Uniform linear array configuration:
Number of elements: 24
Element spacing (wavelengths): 0.5
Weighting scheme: cosine
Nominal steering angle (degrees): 60
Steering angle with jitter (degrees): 61.619
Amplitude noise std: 0.05
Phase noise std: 0.05

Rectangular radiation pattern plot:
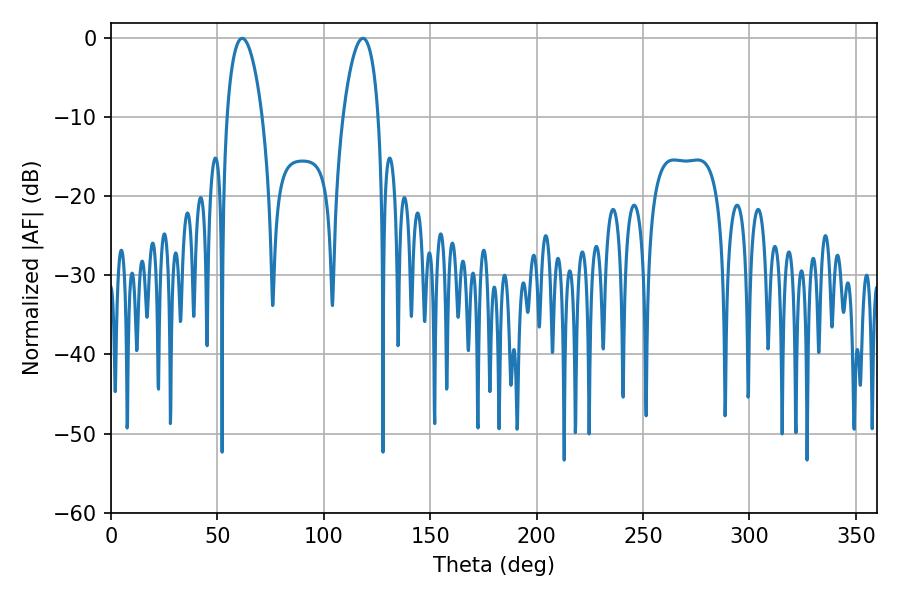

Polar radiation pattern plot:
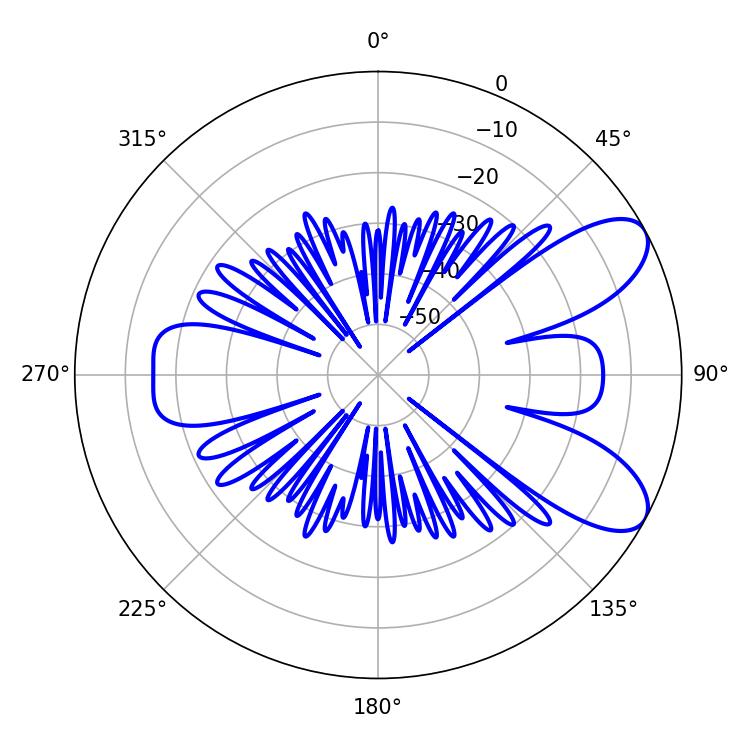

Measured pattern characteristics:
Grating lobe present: FALSE
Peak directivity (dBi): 8.208
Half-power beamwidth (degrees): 9.54
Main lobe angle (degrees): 61.56